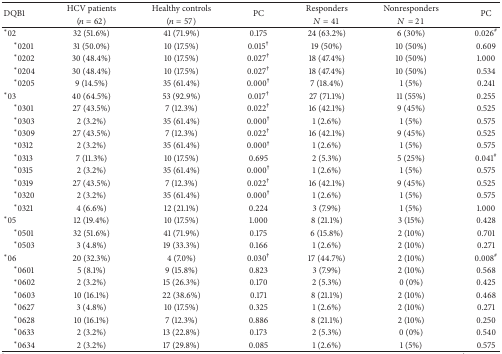
<table><thead><tr><td rowspan="2"><b>DQB1</b></td><td><b>HCV patients </b></td><td><b>Healthy controls </b></td><td rowspan="2"><b>PC</b></td><td><b>Responders </b></td><td><b>Nonresponders </b></td><td rowspan="2"><b>PC</b></td></tr><tr><td><b>(<i>n</i> = 62)</b></td><td><b>(<i>n</i> = 57)</b></td><td><b><i>N</i> = 41</b></td><td><b><i>N</i> = 21</b></td></tr></thead><tbody><tr><td>*02</td><td>32 (51.6%)</td><td>41 (71.9%)</td><td>0.175</td><td>24 (63.2%)</td><td>6 (30%)</td><td>0.026<sup>#</sup></td></tr><tr><td> *0201</td><td>31 (50.0%)</td><td>10 (17.5%)</td><td>0.015<sup>†</sup></td><td>19 (50%)</td><td>10 (50%)</td><td>0.609</td></tr><tr><td> *0202</td><td>30 (48.4%)</td><td>10 (17.5%)</td><td>0.027<sup>†</sup></td><td>18 (47.4%)</td><td>10 (50%)</td><td>1.000</td></tr><tr><td> *0204</td><td>30 (48.4%)</td><td>10 (17.5%)</td><td>0.027<sup>†</sup></td><td>18 (47.4%)</td><td>10 (50%)</td><td>0.534</td></tr><tr><td> *0205</td><td>9 (14.5%)</td><td>35 (61.4%)</td><td>0.000<sup>†</sup></td><td>7 (18.4%)</td><td>1 (5%)</td><td>0.241</td></tr><tr><td>*03</td><td>40 (64.5%)</td><td>53 (92.9%)</td><td>0.017<sup>†</sup></td><td>27 (71.1%)</td><td>11 (55%)</td><td>0.255</td></tr><tr><td> *0301 </td><td>27 (43.5%)</td><td>7 (12.3%)</td><td>0.022<sup>†</sup></td><td>16 (42.1%)</td><td>9 (45%)</td><td>0.525</td></tr><tr><td> *0303</td><td>2 (3.2%)</td><td>35 (61.4%)</td><td>0.000<sup>†</sup></td><td>1 (2.6%)</td><td>1 (5%)</td><td>0.575</td></tr><tr><td> *0309</td><td>27 (43.5%)</td><td>7 (12.3%)</td><td>0.022<sup>†</sup></td><td>16 (42.1%)</td><td>9 (45%)</td><td>0.525</td></tr><tr><td> *0312</td><td>2 (3.2%)</td><td>35 (61.4%)</td><td>0.000<sup>†</sup></td><td>1 (2.6%)</td><td>1 (5%)</td><td>0.575</td></tr><tr><td> *0313</td><td>7 (11.3%)</td><td>10 (17.5%)</td><td>0.695</td><td>2 (5.3%)</td><td>5 (25%)</td><td>0.041<sup>#</sup></td></tr><tr><td> *0315</td><td>2 (3.2%)</td><td>35 (61.4%)</td><td>0.000<sup>†</sup></td><td>1 (2.6%)</td><td>1 (5%)</td><td>0.575</td></tr><tr><td> *0319</td><td>27 (43.5%)</td><td>7 (12.3%)</td><td>0.022<sup>†</sup></td><td>16 (42.1%)</td><td>9 (45%)</td><td>0.525</td></tr><tr><td> *0320</td><td>2 (3.2%)</td><td>35 (61.4%)</td><td>0.000<sup>†</sup></td><td>1 (2.6%)</td><td>1 (5%)</td><td>0.575</td></tr><tr><td> *0321</td><td>4 (6.6%)</td><td>12 (21.1%)</td><td>0.224</td><td>3 (7.9%)</td><td>1 (5%)</td><td>1.000</td></tr><tr><td>*05</td><td>12 (19.4%)</td><td>10 (17.5%)</td><td>1.000</td><td>8 (21.1%)</td><td>3 (15%)</td><td>0.428</td></tr><tr><td> *0501</td><td>32 (51.6%)</td><td>41 (71.9%)</td><td>0.175</td><td>6 (15.8%)</td><td>2 (10%)</td><td>0.701</td></tr><tr><td> *0503</td><td>3 (4.8%)</td><td>19 (33.3%)</td><td>0.166</td><td>1 (2.6%)</td><td>2 (10%)</td><td>0.271</td></tr><tr><td>*06</td><td>20 (32.3%)</td><td>4 (7.0%)</td><td>0.030<sup>†</sup></td><td>17 (44.7%)</td><td>2 (10%)</td><td>0.008<sup>#</sup></td></tr><tr><td> *0601</td><td>5 (8.1%)</td><td>9 (15.8%)</td><td>0.823</td><td>3 (7.9%)</td><td>2 (10%)</td><td>0.568</td></tr><tr><td> *0602</td><td>2 (3.2%)</td><td>15 (26.3%)</td><td>0.170</td><td>2 (5.3%)</td><td>0 (0%)</td><td>0.425</td></tr><tr><td> *0603</td><td>10 (16.1%)</td><td>22 (38.6%)</td><td>0.171</td><td>8 (21.1%)</td><td>2 (10%)</td><td>0.468</td></tr><tr><td> *0627</td><td>3 (4.8%)</td><td>10 (17.5%)</td><td>0.325</td><td>1 (2.6%)</td><td>2 (10%)</td><td>0.271</td></tr><tr><td> *0628</td><td>10 (16.1%)</td><td>7 (12.3%)</td><td>0.886</td><td>8 (21.1%)</td><td>2 (10%)</td><td>0.250</td></tr><tr><td> *0633</td><td>2 (3.2%)</td><td>13 (22.8%)</td><td>0.173</td><td>2 (5.3%)</td><td>0 (0%)</td><td>0.540</td></tr><tr><td> *0634 </td><td>2 (3.2%)</td><td>17 (29.8%)</td><td>0.085</td><td>1 (2.6%)</td><td>1 (5%)</td><td>0.575</td></tr></tbody></table>